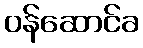
ဝန်ဆောင်ခ